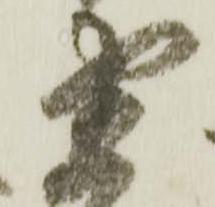
直